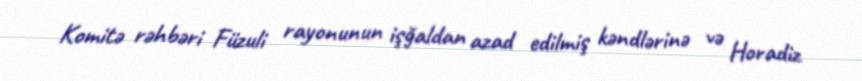
Komitə rəhbəri Füzuli rayonunun işğaldan azad edilmiş kəndlərinə və Horadiz